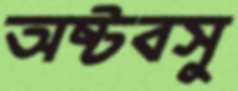
অষ্টবসু